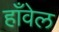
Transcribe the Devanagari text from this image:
हाँवेल